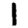
Digit: 1